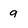
Character: 9